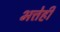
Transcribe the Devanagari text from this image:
भत्तेही